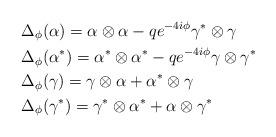
LaTeX: \begin{align*}&\Delta_\phi(\alpha)=\alpha \otimes \alpha - q e^{-4i\phi} \gamma^*\otimes \gamma\\&\Delta_\phi(\alpha^*)=\alpha^*\otimes \alpha^* - q e^{-4i \phi} \gamma \otimes \gamma^*\\&\Delta_\phi(\gamma)=\gamma\otimes\alpha +\alpha^*\otimes \gamma \\&\Delta_\phi(\gamma^*)=\gamma^*\otimes \alpha^*+\alpha\otimes \gamma^*\end{align*}